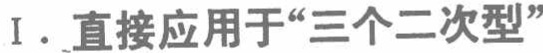
I. 直接应用于“三个二次型”